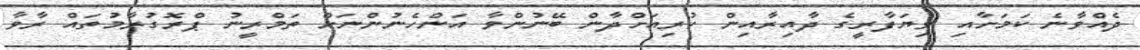
ދެއްވާނެ ކަމަށާއި ވިޔަފާރީގެ ދާއިރާއިން ކުރިއަށްދާން ބޭނުންވާ އަންހެނުންނަށް ތަމްރީނު ޕްރޮގުރާމުތައް ރާވާ